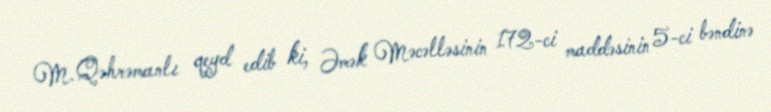
M.Qəhrəmanlı qeyd edib ki, Əmək Məcəlləsinin 172-ci maddəsinin 5-ci bəndinə